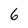
Character: 6